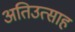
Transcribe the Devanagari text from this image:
अतिउत्साह